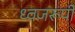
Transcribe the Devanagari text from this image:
ध्वजरूपी